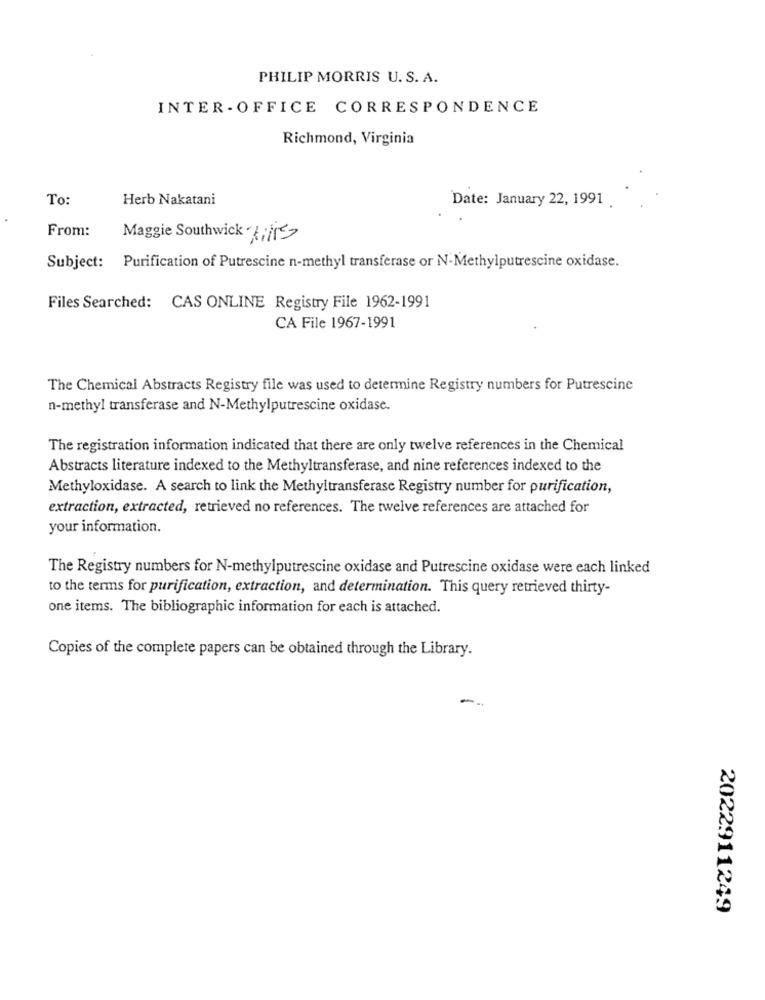
PHILIP MORRIS U. S. A.
INTER - OFFICE CORRESPONDENCE
Richmond, Virginia
To:
Herb Nakatani
Date: January 22, 1991
From:
Maggie Southwick3/
Subject: Purification of Putrescine n-methyl transferase or N-Methylputrescine oxidase.
Files Searched: CAS ONLINE Registry File 1962-1991
CA File 1967-1991
The Chemical Abstracts Registry file was used to determine Registry numbers for Putrescine
n-methyl transferase and N-Methylputrescine oxidase.
The registration information indicated that there are only twelve references in the Chemical
Abstracts literature indexed to the Methyltransferase, and nine references indexed to the
Methyloxidase. A search to link the Methyltransferase Registry number for purification,
extraction, extracted, retrieved no references. The twelve references are attached for
your information.
The Registry numbers for N-methylputrescine oxidase and Putrescine oxidase were each linked
to the terms for purification, extraction, and determination. This query retrieved thirty-
one items. The bibliographic information for each is attached.
Copies of the complete papers can be obtained through the Library.
2022911249